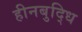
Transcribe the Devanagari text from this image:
हीनबुद्धि